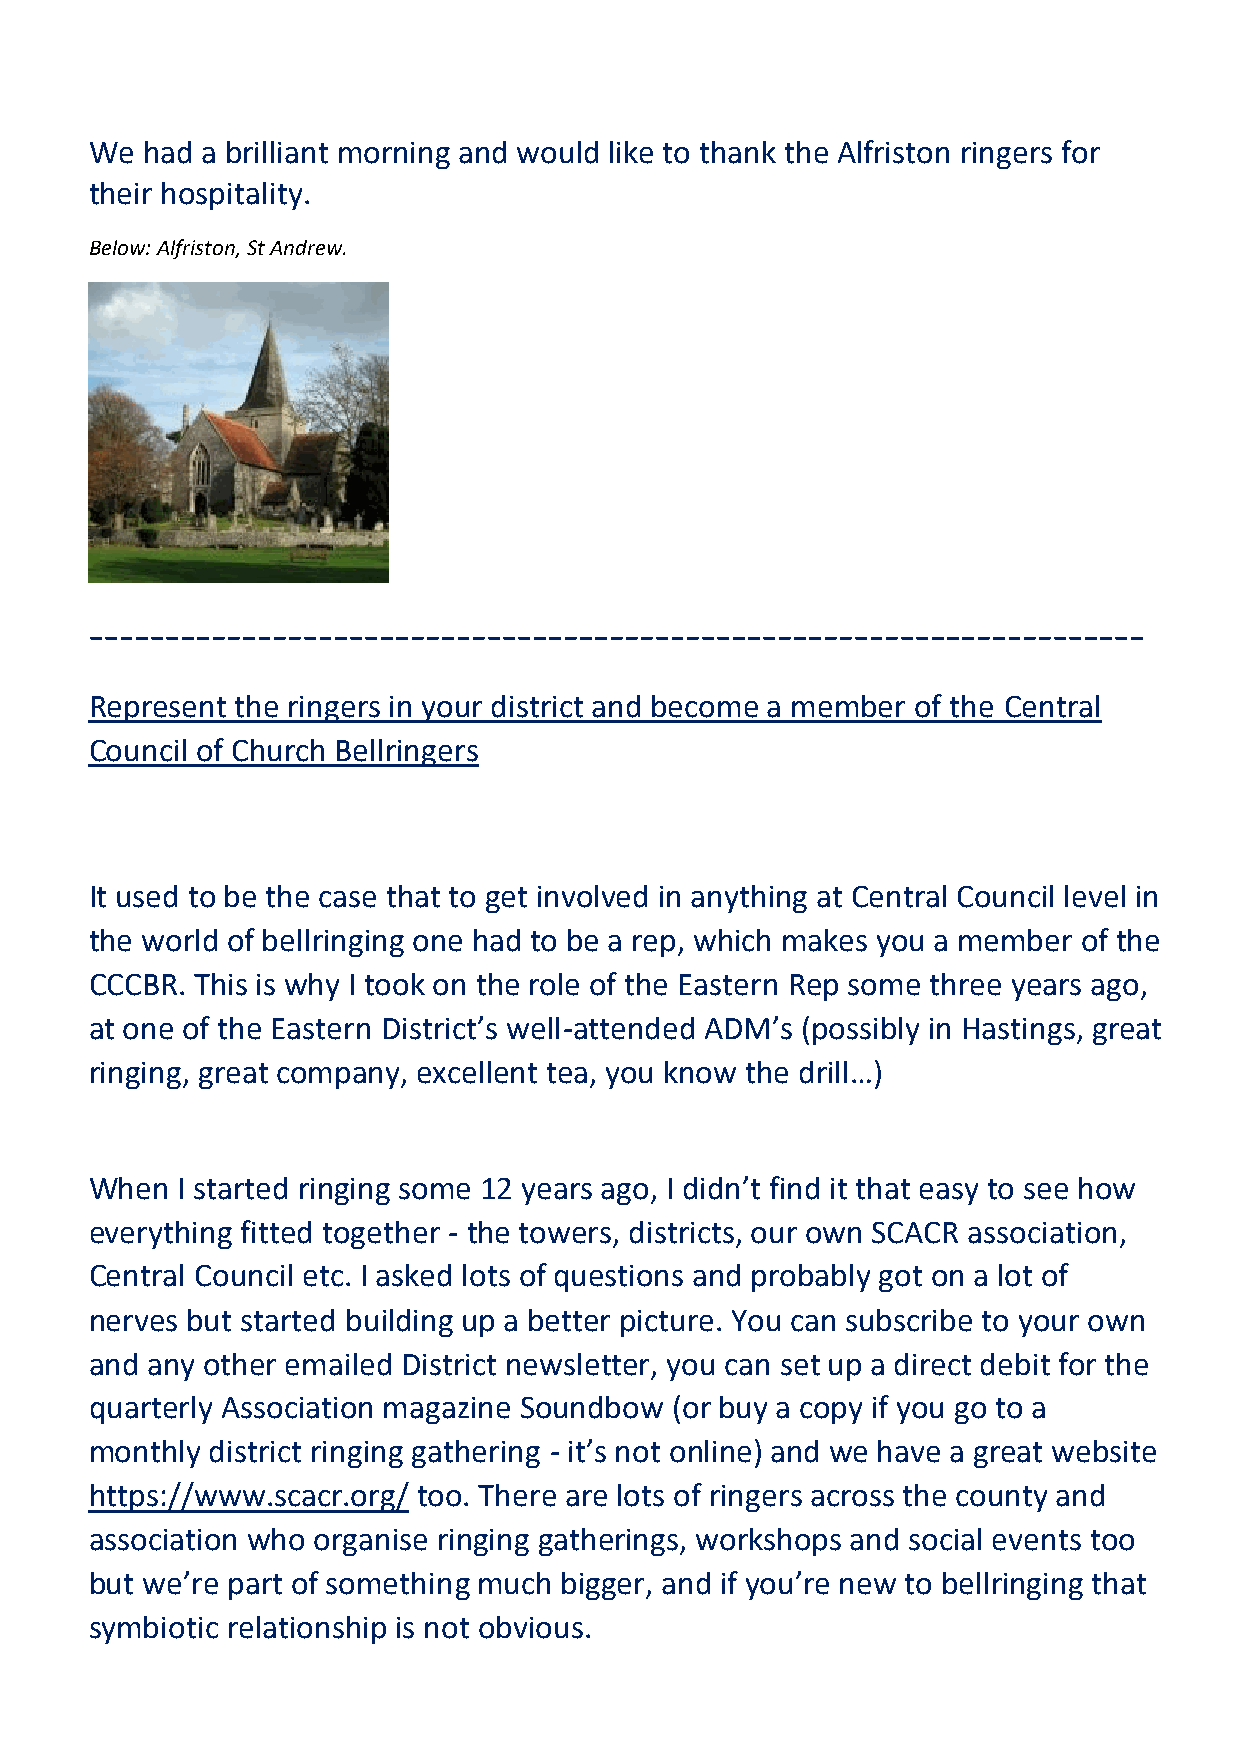
We had a brilliant morning and would like to thank the Alfriston ringers for
 their hospitality.
 Below: Alfriston, St Andrew.
 ---------------------------------------------------------------------
 Represent the ringers in your district and become a member of the Central
 Council of Church Bellringers
 It used to be the case that to get involved in anything at Central Council level in
 the world of bellringing one had to be a rep, which makes you a member of the
 CCCBR. This is why I took on the role of the Eastern Rep some three years ago,
 at one of the Eastern District’s well-attended ADM’s (possibly in Hastings, great
 ringing, great company, excellent tea, you know the drill…)
 When  I started ringing some 12 years ago, I didn’t find it that easy to see how
 everything fitted together - the towers, districts, our own SCACR association,
 Central Council etc. I asked lots of questions and probably got on a lot of
 nerves but started building up a better picture. You can subscribe to your own
 and any other emailed District newsletter, you can set up a direct debit for the
 quarterly Association magazine Soundbow (or buy a copy if you go to a
 monthly district ringing gathering - it’s not online) and we have a great website
 https://www.scacr.org/ too. There are lots of ringers across the county and
 association who organise ringing gatherings, workshops and social events too
 but we’re part of something much bigger, and if you’re new to bellringing that
 symbiotic relationship is not obvious.